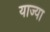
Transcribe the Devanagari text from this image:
याज्या